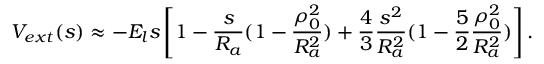
V _ { e x t } ( s ) \approx - E _ { l } s \left[ 1 - \frac { s } { R _ { a } } ( 1 - \frac { \rho _ { 0 } ^ { 2 } } { R _ { a } ^ { 2 } } ) + \frac { 4 } { 3 } \frac { s ^ { 2 } } { R _ { a } ^ { 2 } } ( 1 - \frac { 5 } { 2 } \frac { \rho _ { 0 } ^ { 2 } } { R _ { a } ^ { 2 } } ) \right] .